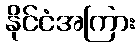
နိုင်ငံအကြား